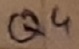
Text: Q4